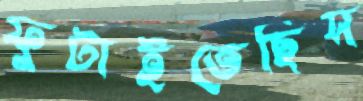
ফুটাইতেছিস